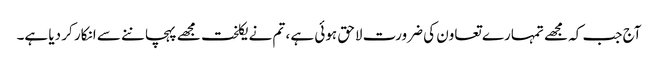
آج جب کہ مجھے تمہارے تعاون کی ضرورت لاحق ہوئی ہے ، تم نے یکلخت مجھے پہچاننے سے انکار کر دیا ہے۔